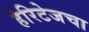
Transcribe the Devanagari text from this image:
हेरिटेजचा